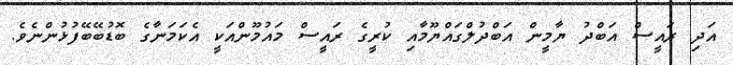
އަދި ރައީސް އަބްދު ޔާމީން އަބްދުލްގައްޔޫމާއި ކުރީގެ ރައީސް މައުމޫންއަކީ އެކަމަނާގެ ބޮޑުބޭބޭފުޅުންނެވެ.